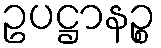
ဥပဋ္ဌာနဉ္စ